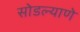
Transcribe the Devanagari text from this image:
सोडल्याणे